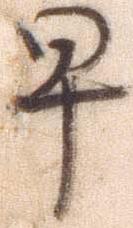
早